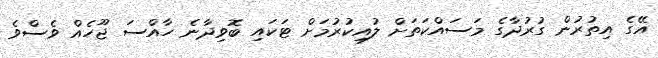
އޭގެ އިތުރުން ގުރުދާގެ މަސައްކަތަށް ލުއިކުރުމަށް ޓަކައި ބޮވިދާނެ ހާއްސަ ޖޫހެއް ވެސްވެ